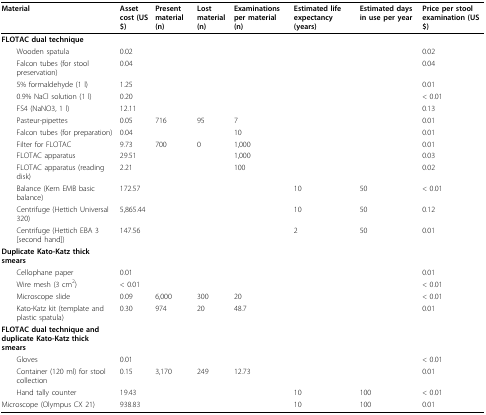
<table><thead><tr><td><b>Material</b></td><td><b>Asset cost (US$)</b></td><td><b>Present material (n)</b></td><td><b>Lost material (n)</b></td><td><b>Examinations per material (n)</b></td><td><b>Estimated life expectancy (years)</b></td><td><b>Estimated days in use per year</b></td><td><b>Price per stool examination (US$)</b></td></tr></thead><tbody><tr><td><b>FLOTAC dual technique</b></td><td></td><td></td><td></td><td></td><td></td><td></td><td></td></tr><tr><td> Wooden spatula</td><td>0.02</td><td></td><td></td><td></td><td></td><td></td><td>0.02</td></tr><tr><td> Falcon tubes (for stool preservation)</td><td>0.04</td><td></td><td></td><td></td><td></td><td></td><td>0.04</td></tr><tr><td> 5% formaldehyde (1 l)</td><td>1.25</td><td></td><td></td><td></td><td></td><td></td><td>0.01</td></tr><tr><td> 0.9% NaCl solution (1 l)</td><td>0.20</td><td></td><td></td><td></td><td></td><td></td><td>&lt; 0.01</td></tr><tr><td> FS4 (NaNO3, 1 l)</td><td>12.11</td><td></td><td></td><td></td><td></td><td></td><td>0.13</td></tr><tr><td> Pasteur-pipettes</td><td>0.05</td><td>716</td><td>95</td><td>7</td><td></td><td></td><td>0.01</td></tr><tr><td> Falcon tubes (for preparation)</td><td>0.04</td><td></td><td></td><td>10</td><td></td><td></td><td>0.01</td></tr><tr><td> Filter for FLOTAC</td><td>9.73</td><td>700</td><td>0</td><td>1,000</td><td></td><td></td><td>0.01</td></tr><tr><td> FLOTAC apparatus</td><td>29.51</td><td></td><td></td><td>1,000</td><td></td><td></td><td>0.03</td></tr><tr><td> FLOTAC apparatus (reading disk)</td><td>2.21</td><td></td><td></td><td>100</td><td></td><td></td><td>0.02</td></tr><tr><td> Balance (Kern EMB basic balance)</td><td>172.57</td><td></td><td></td><td></td><td>10</td><td>50</td><td>&lt; 0.01</td></tr><tr><td> Centrifuge (Hettich Universal 320)</td><td>5,865.44</td><td></td><td></td><td></td><td>10</td><td>50</td><td>0.12</td></tr><tr><td> Centrifuge (Hettich EBA 3 [second hand])</td><td>147.56</td><td></td><td></td><td></td><td>2</td><td>50</td><td>0.01</td></tr><tr><td><b>Duplicate Kato-Katz thick smears</b></td><td></td><td></td><td></td><td></td><td></td><td></td><td></td></tr><tr><td> Cellophane paper</td><td>0.01</td><td></td><td></td><td></td><td></td><td></td><td>0.01</td></tr><tr><td> Wire mesh (3 cm<sup>2</sup>)</td><td>&lt; 0.01</td><td></td><td></td><td></td><td></td><td></td><td>&lt; 0.01</td></tr><tr><td> Microscope slide</td><td>0.09</td><td>6,000</td><td>300</td><td>20</td><td></td><td></td><td>&lt; 0.01</td></tr><tr><td> Kato-Katz kit (template and plastic spatula)</td><td>0.30</td><td>974</td><td>20</td><td>48.7</td><td></td><td></td><td>0.01</td></tr><tr><td><b>FLOTAC dual technique and duplicate Kato-Katz thick smears</b></td><td></td><td></td><td></td><td></td><td></td><td></td><td></td></tr><tr><td> Gloves</td><td>0.01</td><td></td><td></td><td></td><td></td><td></td><td>&lt; 0.01</td></tr><tr><td> Container (120 ml) for stool collection</td><td>0.15</td><td>3,170</td><td>249</td><td>12.73</td><td></td><td></td><td>0.01</td></tr><tr><td> Hand tally counter</td><td>19.43</td><td></td><td></td><td></td><td>10</td><td>100</td><td>&lt; 0.01</td></tr><tr><td>Microscope (Olympus CX 21)</td><td>938.83</td><td></td><td></td><td></td><td>10</td><td>100</td><td>0.01</td></tr></tbody></table>